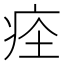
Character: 𤵞